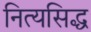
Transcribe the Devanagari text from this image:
नित्यसिद्ध